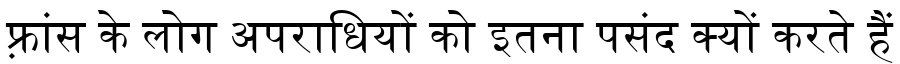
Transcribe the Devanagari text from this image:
फ़्रांस के लोग अपराधियों को इतना पसंद क्यों करते हैं